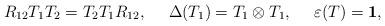
LaTeX: \begin{align*}R_{12}T_1T_2=T_2T_1R_{12},\ \ \ \ \Delta (T_1)=T_1\otimes T_1, \ \ \ \ \varepsilon (T)={\bf 1},\end{align*}